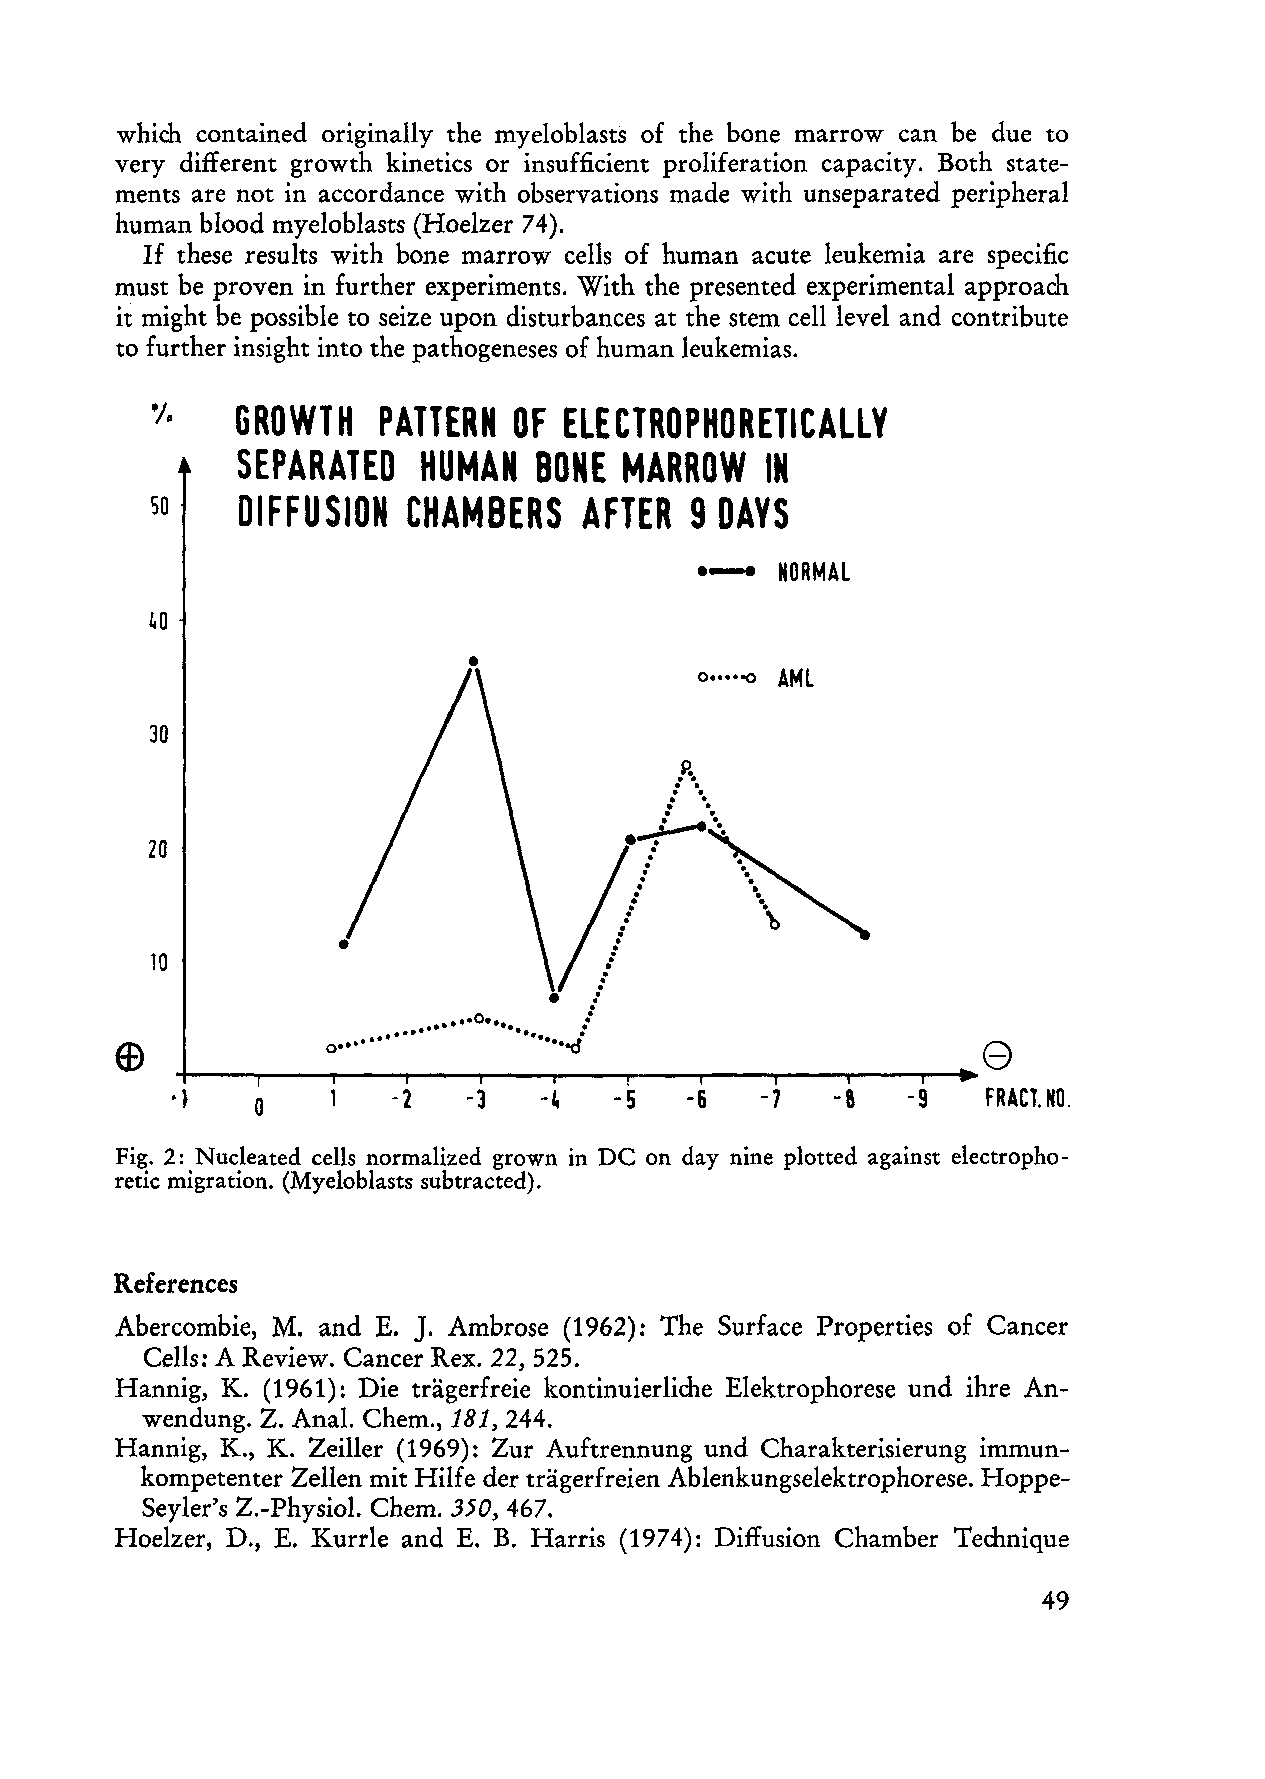
which contained originally the myeloblasts of the bone marrow can be due to
 very different growth kinetics or insufficient proliferation capacity. Both state
 ments are not in accordance with observations made with unseparated periphera l
 human blood myeloblasts (Hoelzer 74).
 If these results with bone marrow cells of human acute leukemia are specific
 must be proven in further experiments. With the presented experimental approach
 it might be possible to seize upon disturbances at the stern cellievel and contribute
 to further insight into the pathogeneses of human leukemias.
 GROWTH   PATTERN  OF ELECTROPHORETICAlLV
 'I,
 SEPARATED   HUMAN   BONE MARROW    IN
 DIFFUSION  CHAMBERS    AFTER  9DAVS
 50
 .---  NORMAL
 40
 •
 AMl
 0 .... 0()
 30
 .  ... :P -... . .
 ... .
 -.
 .
 ~
 :
 20                               ·
 ·
 .·
 ..·
 ···!
 !
 10                            ··•
 .··
 ·
 .. .... .... 0... ....::               e
 0·······      .... -er
 +---~~--~--~--------~--~--~--~.-
 o        -2   -3   -4   -5   -6  -7   -8   -9   FRACl NO.
 Fig. 2: Nucleated cells normalized grown in DC on day nine plotted against electropho
 retic migration. (Myeloblasts subtracted).
 References
 J.
 Abercombie, M. and E. Ambrose (1962): The Surface Properties of Cancer
 Cells: A Review. Cancer Rex. 22, 525.
 Hannig, K. (1961): Die trägerfreie kontinuierliche Elektrophorese und ihre An
 wendung. Z. Anal. Chem., 181, 244.
 Hannig, K., K. Zeiller (1969): Zur Auft rennung und Charakterisierung immun
 kompetenter Zellen mit Hilfe der trägerfreien Ablenkungselektrophorese. Hoppe
 Seyler's Z.-Physiol. Chem. 350, 467.
 Hoelzer, D., E. Kurrle and E. B. Harris (1974): Diffusion Chamber Technique
 49